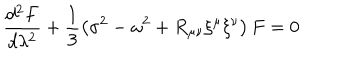
\frac { d ^ { 2 } F } { d \lambda ^ { 2 } } + \frac { 1 } { 3 } \left( \sigma ^ { 2 } - \omega ^ { 2 } + R _ { \mu \nu } \xi ^ { \mu } \xi ^ { \nu } \right) F = 0